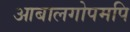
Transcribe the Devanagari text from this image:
आबालगोपमपि